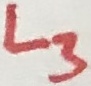
Text: L3